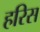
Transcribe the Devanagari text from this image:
हरिस